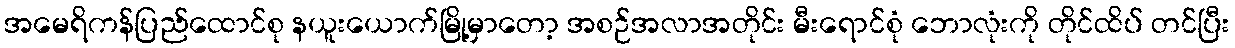
အမေရိကန်ပြည်ထောင်စု နယူးယောက်မြို့မှာတော့ အစဉ်အလာအတိုင်း မီးရောင်စုံ ဘောလုံးကို တိုင်ထိပ် တင်ပြီး